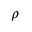
\rho